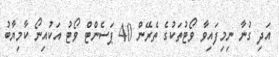
އަދި ގުނާ ނިމިފައިވާ ވޯޓުތަކުގެ ތެރޭން 40 ޕަސެންޓް ވޯޓު އަކުއިނޯ ކާމިޔާބު